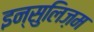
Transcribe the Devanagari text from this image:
इन्सुलिज़म